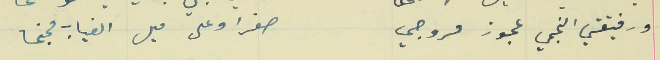
ورفيقتي النجمي عجوز مروجي                                 صفرا وعلى ميل الغياب مجنحا